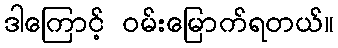
ဒါကြောင့် ဝမ်းမြောက်ရတယ်။